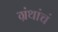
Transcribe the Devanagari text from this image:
ग्रंथांचं